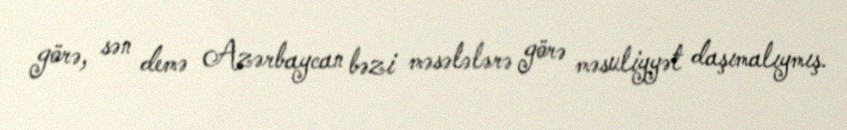
görə, sən demə Azərbaycan bəzi məsələlərə görə məsuliyyət daşımalıymış.